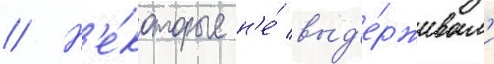
// Н'е́которые н'е́ выд'е́рживал'и